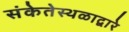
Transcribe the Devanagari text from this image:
संकेतेस्थळाद्वारे